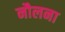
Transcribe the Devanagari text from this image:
नौलना